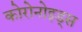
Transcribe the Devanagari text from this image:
कोरोनोइड्स